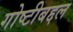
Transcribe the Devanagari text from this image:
गोष्टीबद्दल